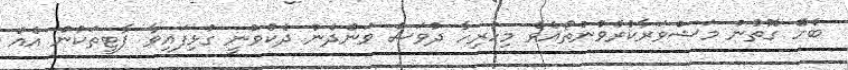
ބެހޭ ގޮތުން މަޝްވަރާކުރެވުނުތޯއެވެ މިހުރިހާ ދުވަސް ވަންދެން ދެކެވުނީ ގުޅިފައިވާ ޕާޓީތަކުން އެއް